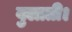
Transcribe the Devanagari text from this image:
बुलाती।